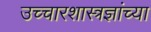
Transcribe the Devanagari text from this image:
उच्चारशास्त्रज्ञांच्या